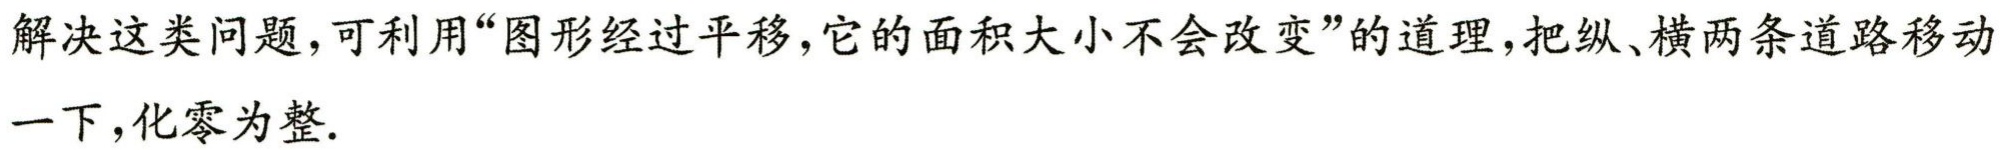
解决这类问题，可利用“图形经过平移，它的面积大小不会改变”的道理，把纵、横两条道路移动一下，化零为整.